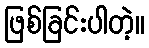
ဖြစ်ခြင်းပါတဲ့။